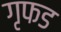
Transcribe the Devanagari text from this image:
गृफड